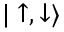
| \uparrow , \downarrow \rangle